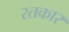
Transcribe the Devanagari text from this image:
रतकार